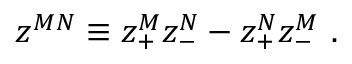
z ^ { M N } \equiv z _ { + } ^ { M } z _ { - } ^ { N } - z _ { + } ^ { N } z _ { - } ^ { M } \ .